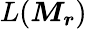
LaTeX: L(\boldsymbol{M_{r}})